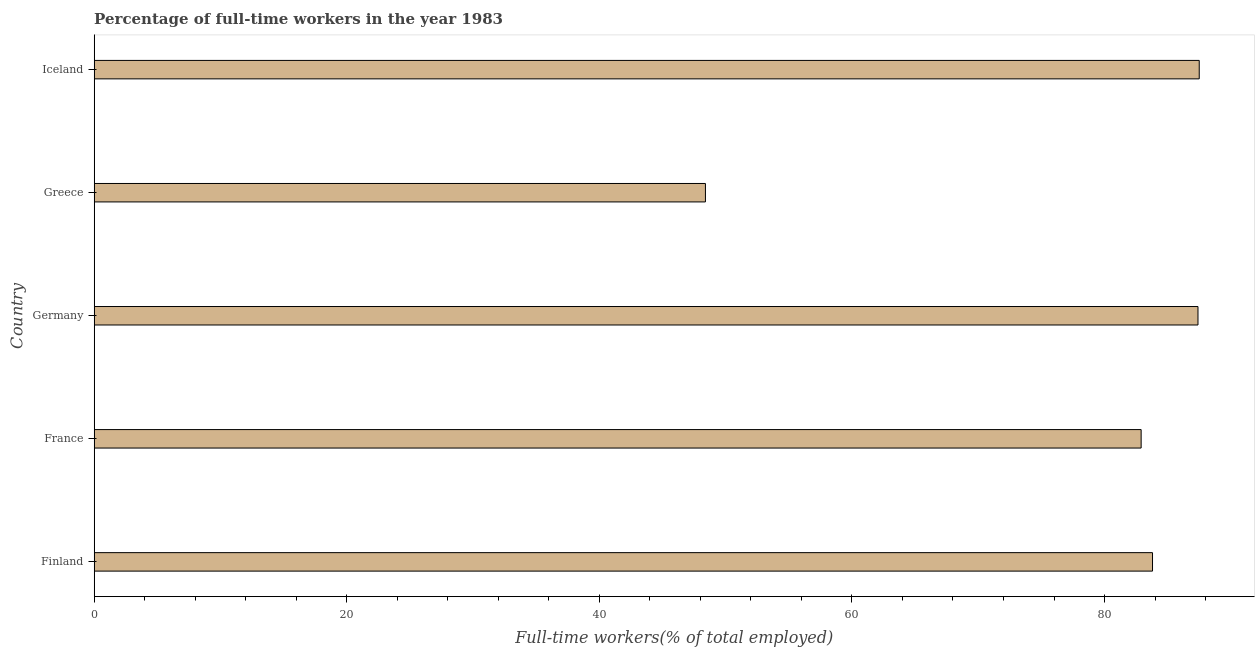
| Country | Wage and salaried workers |
 | --- | --- |
 | Finland | 83.8 |
 | France | 82.9 |
 | Germany | 87.4 |
 | Greece | 48.4 |
 | Iceland | 87.5 |